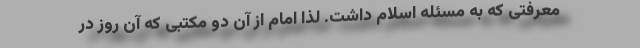
معرفتی که به مسئله اسلام داشت. لذا امام از آن دو مکتبی که آن روز در